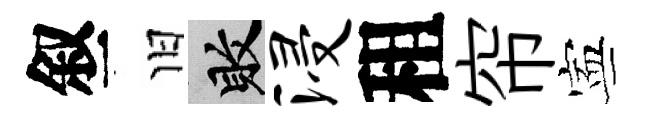
叙旧敗浸租帘寕